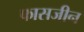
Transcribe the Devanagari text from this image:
फासजीन